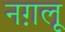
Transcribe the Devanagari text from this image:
नग़लू